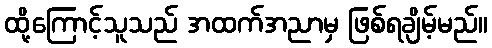
ထို့ကြောင့်သူသည် အထက်အညာမှ ဖြစ်ရချိမ့်မည်။